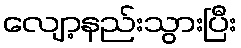
လျော့နည်းသွားပြီး